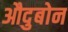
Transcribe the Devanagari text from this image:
औदुबोन